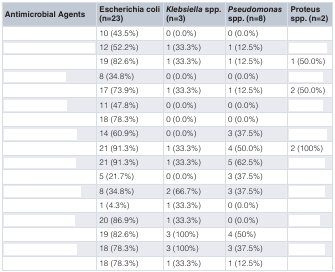
<table><thead><tr><td><b>Antimicrobial Agents</b></td><td><b>Escherichiacoli (n=23)</b></td><td><b><i>Klebsiella</i> spp.(n=3)</b></td><td><b><i>Pseudomonas</i>spp. (n=8)</b></td><td><b>Proteusspp. (n=2)</b></td></tr></thead><tbody><tr><td>[EMPTY_CELL]</td><td>10 (43.5%)</td><td>0 (0.0%)</td><td>0 (0.0%)</td><td>[EMPTY_CELL]</td></tr><tr><td>[EMPTY_CELL]</td><td>12 (52.2%)</td><td>1 (33.3%)</td><td>1 (12.5%)</td><td>[EMPTY_CELL]</td></tr><tr><td>[EMPTY_CELL]</td><td>19 (82.6%)</td><td>1 (33.3%)</td><td>1 (12.5%)</td><td>1 (50.0%)</td></tr><tr><td>[EMPTY_CELL]</td><td>8 (34.8%)</td><td>0 (0.0%)</td><td>0 (0.0%)</td><td>[EMPTY_CELL]</td></tr><tr><td>[EMPTY_CELL]</td><td>17 (73.9%)</td><td>1 (33.3%)</td><td>1 (12.5%)</td><td>2 (50.0%)</td></tr><tr><td>[EMPTY_CELL]</td><td>11 (47.8%)</td><td>0 (0.0%)</td><td>0 (0.0%)</td><td>[EMPTY_CELL]</td></tr><tr><td>[EMPTY_CELL]</td><td>18 (78.3%)</td><td>0 (0.0%)</td><td>0 (0.0%)</td><td>[EMPTY_CELL]</td></tr><tr><td>[EMPTY_CELL]</td><td>14 (60.9%)</td><td>0 (0.0%)</td><td>3 (37.5%)</td><td>[EMPTY_CELL]</td></tr><tr><td>[EMPTY_CELL]</td><td>21 (91.3%)</td><td>1 (33.3%)</td><td>4 (50.0%)</td><td>2 (100%)</td></tr><tr><td>[EMPTY_CELL]</td><td>21 (91.3%)</td><td>1 (33.3%)</td><td>5 (62.5%)</td><td>[EMPTY_CELL]</td></tr><tr><td>[EMPTY_CELL]</td><td>5 (21.7%)</td><td>0 (0.0%)</td><td>3 (37.5%)</td><td>[EMPTY_CELL]</td></tr><tr><td>[EMPTY_CELL]</td><td>8 (34.8%)</td><td>2 (66.7%)</td><td>3 (37.5%)</td><td>[EMPTY_CELL]</td></tr><tr><td>[EMPTY_CELL]</td><td>1 (4.3%)</td><td>1 (33.3%)</td><td>0 (0.0%)</td><td>[EMPTY_CELL]</td></tr><tr><td>[EMPTY_CELL]</td><td>20 (86.9%)</td><td>1 (33.3%)</td><td>0 (0.0%)</td><td>[EMPTY_CELL]</td></tr><tr><td>[EMPTY_CELL]</td><td>19 (82.6%)</td><td>3 (100%)</td><td>4 (50%)</td><td>[EMPTY_CELL]</td></tr><tr><td>[EMPTY_CELL]</td><td>18 (78.3%)</td><td>3 (100%)</td><td>3 (37.5%)</td><td>[EMPTY_CELL]</td></tr><tr><td>[EMPTY_CELL]</td><td>18 (78.3%)</td><td>1 (33.3%)</td><td>1 (12.5%)</td><td>[EMPTY_CELL]</td></tr></tbody></table>